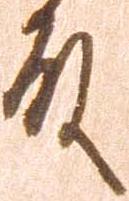
殿